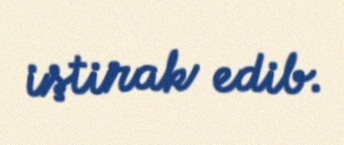
iştirak edib.